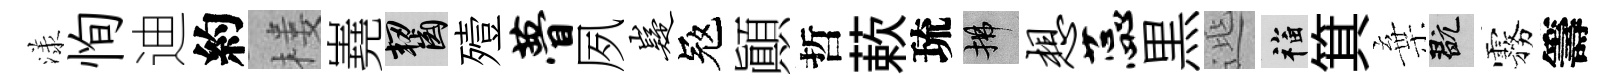
漾恂迪約楼嶤齧殪瞢夙嶷冦顚哲蔌琉拂想蕊黒𨓱福箕棄玩霧籌